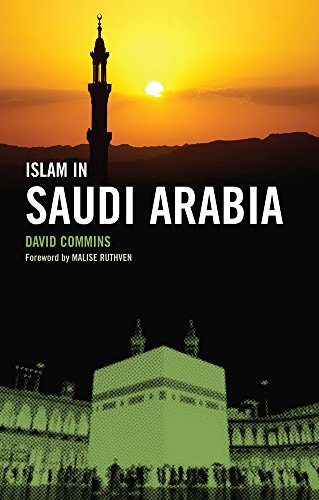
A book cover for Islam in Saudi Arabia; David Commins; History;